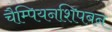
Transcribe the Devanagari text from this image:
चैम्पियनशिपबन